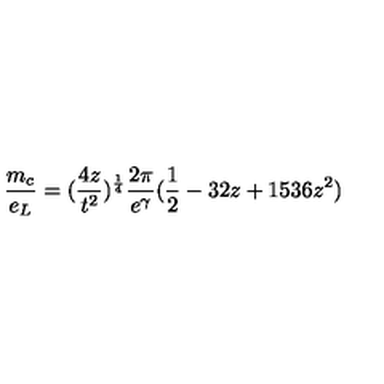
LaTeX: \frac { m _ { c } } { e _ { L } } = ( \frac { 4 z } { t ^ { 2 } } ) ^ { \frac { 1 } { 4 } } \frac { 2 \pi } { e ^ { \gamma } } ( \frac { 1 } { 2 } - 3 2 z + 1 5 3 6 z ^ { 2 } )